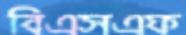
বিএসএফ